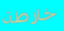
خارطة